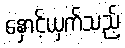
နှောင့်ယှက်သည့်